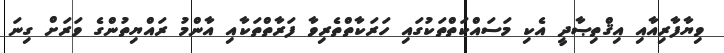
ވިޔާފާރިއާއި އިޤްތިޞާދީ އެކި މަސައްކަތްތަކުގައި ހަރަކާތްތެރިވާ ފަރާތްތަކާއި އާންމު ރައްޔިތުންގެ ވަރަށް ގިނަ